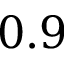
0 . 9